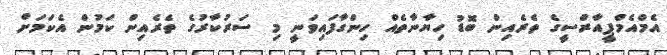
އެމްއެމްޕީއާރްސީގެ ތެރެއިން ބޮޑު ހިޔާނާތެއް ހިންގާފައިވަނީ މި ސަރުކާރުގެ ތެރެއިން ކަމުން އެކަމަށް